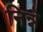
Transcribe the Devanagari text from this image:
निन्ने